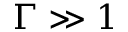
\Gamma \gg 1